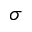
\sigma